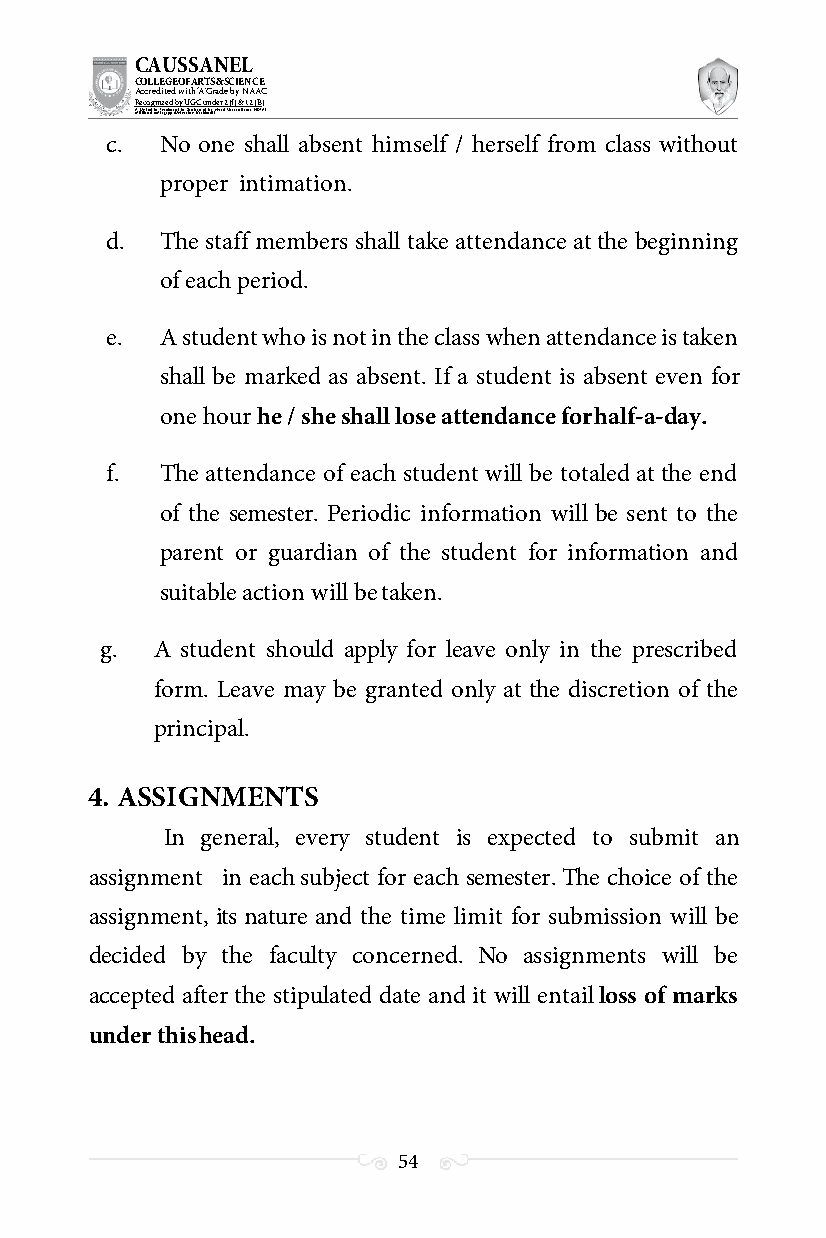
CAUSSANEL
 COLLEGE OF ARTS & SCIENCE
 Accredited with ‘A’ Grade by NAAC
 Recognized by UGC under 2 (f) & 12 (B)
 ((AA fUfilniaitt eodf ttoh eA Ilnasgtaitpuptae oUfn tihvee rBsirtoy,t hKerasr aoifk uthdei )S acred Heart of Jesus, INDIA)
 c.  No one shall absent himself / herself from class without
 proper intimation.
 d.  The staff members shall take attendance at the beginning
 of each period.
 e.  A student who is not in the class when attendance is taken
 shall be marked as absent. If a student is absent even for
 one hour he / she shall lose attendance for half-a-day.
 f.  The attendance of each student will be totaled at the end
 of the semester. Periodic information will be sent to the
 parent or guardian of the student for information and
 suitable action will be taken.
 g. A student should apply for leave only in the prescribed
 form. Leave may be granted only at the discretion of the
 principal.
 4. ASSIGNMENTS
 In general, every student is expected to submit an
 assignment in each subject for each semester. The choice of the
 assignment, its nature and the time limit for submission will be
 decided by the faculty concerned. No assignments will be
 accepted after the stipulated date and it will entail loss of marks
 under this head.
 54